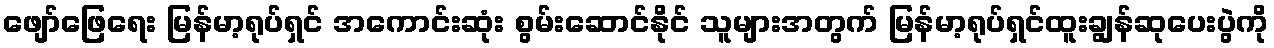
ဖျော်ဖြေရေး မြန်မာ့ရုပ်ရှင် အကောင်းဆုံး စွမ်းဆောင်နိုင် သူများအတွက် မြန်မာ့ရုပ်ရှင်ထူးချွန်ဆုပေးပွဲကို